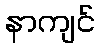
နာကျင်